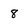
Character: 8